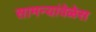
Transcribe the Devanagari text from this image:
सामन्यांवेळेस